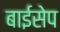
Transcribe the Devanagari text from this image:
बाईसेप